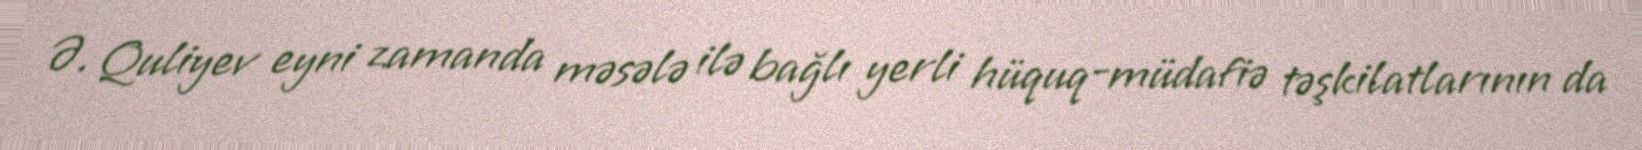
Ə. Quliyev eyni zamanda məsələ ilə bağlı yerli hüquq-müdafiə təşkilatlarının da